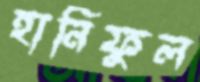
হানিফুল